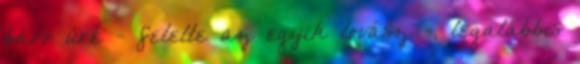
báró úré - felelte az egyik lovász -, legalábbis